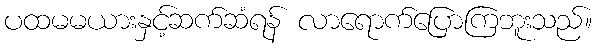
ပထမမယားနှင့်ဆက်ဆံရန် လာရောက်ပြောကြဘူးသည်။